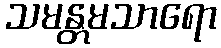
သမန္တမသာရော